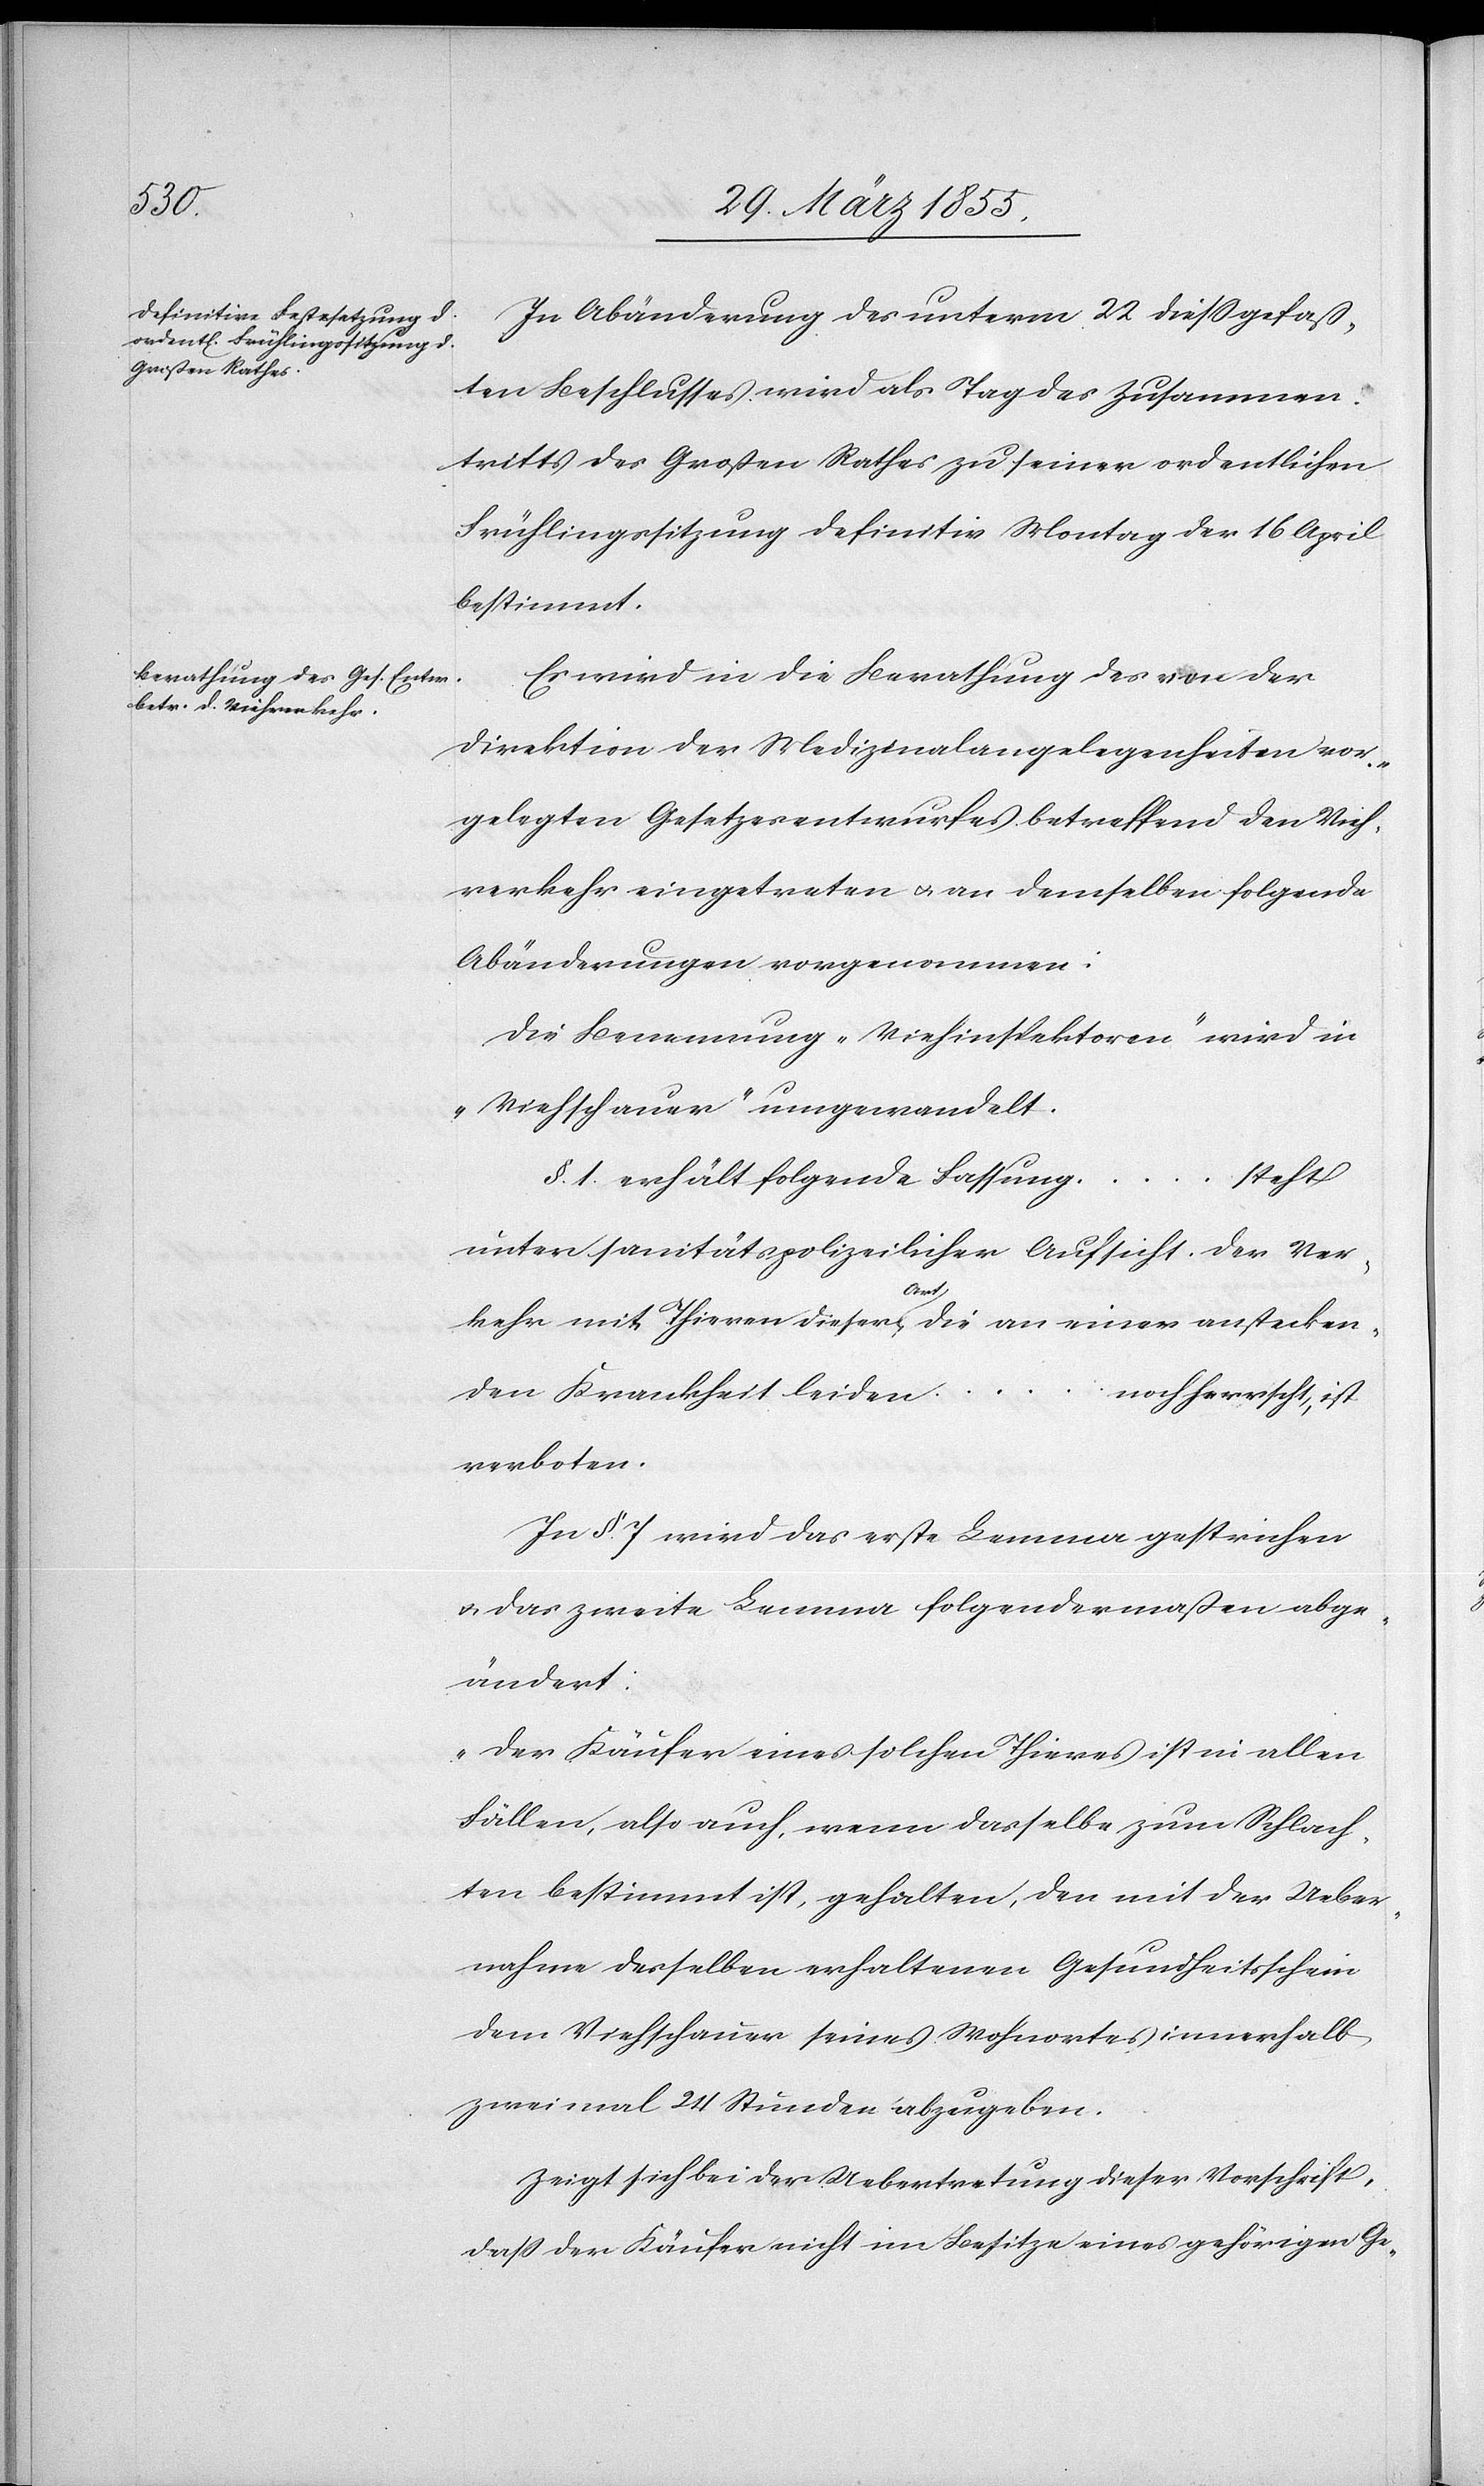
In Abänderung des unterm 22 diess gefaß¬
ten Beschlusses wird als Tag des Zusammen¬
tritts des Großen Rathes zu seiner ordentlichen
Frühlingssitzung definitiv Montag der 16 April
bestimmt.
Es wird in die Berathung des von der
Direktion der Medizinalangelegenheiten vor¬
gelegten Gesetzesentwurfes betreffend den Vieh¬
verkehr eingetreten & an demselben folgende
Abänderungen vorgenommen:
Die Benennung „Viehinspektoren“ wird in
„Viehschauer“ umgewandelt.
steht
§. 1. erhält folgende Fassung …
unter sanitätspolizeilicher Aufsicht. Der Ver¬
kehr mit Thieren dieser Art, die an einer anstecken¬
den Krankheit leiden …
noch herrscht, ist
verboten.
In §. 7. wird das erste Lemma gestrichen
& das zweite Lemma folgendermaßen abge¬
ändert:
„Der Käufer eines solchen Thieres ist in allen
Fällen, also auch, wenn dasselbe zum Schlach¬
ten bestimmt ist, gehalten, den mit der Ueber¬
nahme desselben erhaltenen Gesundheitsschein
dem Viehschauer seines Wohnortes innerhalb
zweimal 24 Stunden abzugeben.
Zeigt sich bei der Uebertretung dieser Vorschrift,
dass der Käufer nicht im Besitze eines gehörigen Ge-